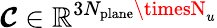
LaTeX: \boldsymbol{\mathcal{C}}\in\mathbb{{R}}^{3N_{\mathrm{{plane}}}\timesN_{u}}